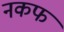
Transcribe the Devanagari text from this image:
नकफ